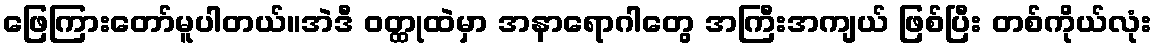
ဖြေကြားတော်မူပါတယ်။အဲဒီ ဝတ္ထုထဲမှာ အနာရောဂါတွေ အကြီးအကျယ် ဖြစ်ပြီး တစ်ကိုယ်လုံး